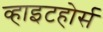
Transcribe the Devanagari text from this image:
व्हाइटहोर्स